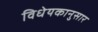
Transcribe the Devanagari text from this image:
विधेयकानुसार